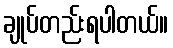
ချုပ်တည်းရပါတယ်။